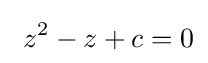
\ z^{2}-z+c=0